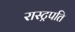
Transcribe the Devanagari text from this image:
रास्ट्रपति